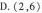
D.(2，6)